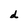
Character: d